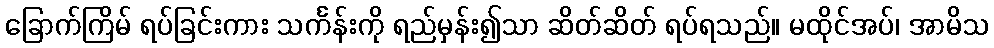
ခြောက်ကြိမ် ရပ်ခြင်းကား သင်္ကန်းကို ရည်မှန်း၍သာ ဆိတ်ဆိတ် ရပ်ရသည်။ မထိုင်အပ်၊ အာမိသ